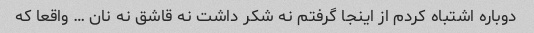
دوباره اشتباه کردم از اینجا گرفتم نه شکر داشت نه قاشق نه نان … واقعا که